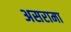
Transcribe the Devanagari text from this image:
असरामा